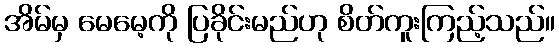
အိမ်မှ မေမေ့ကို ပြခိုင်းမည်ဟု စိတ်ကူးကြည့်သည်။